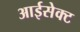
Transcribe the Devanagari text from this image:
आईसेक्ट